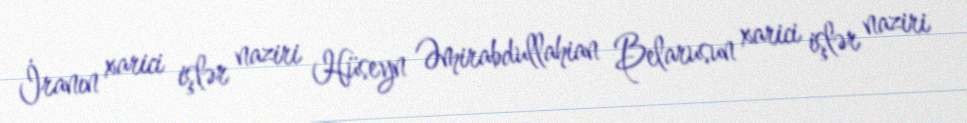
İranın xarici işlər naziri Hüseyn Əmirabdullahian Belarusun xarici işlər naziri